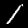
Label: 1